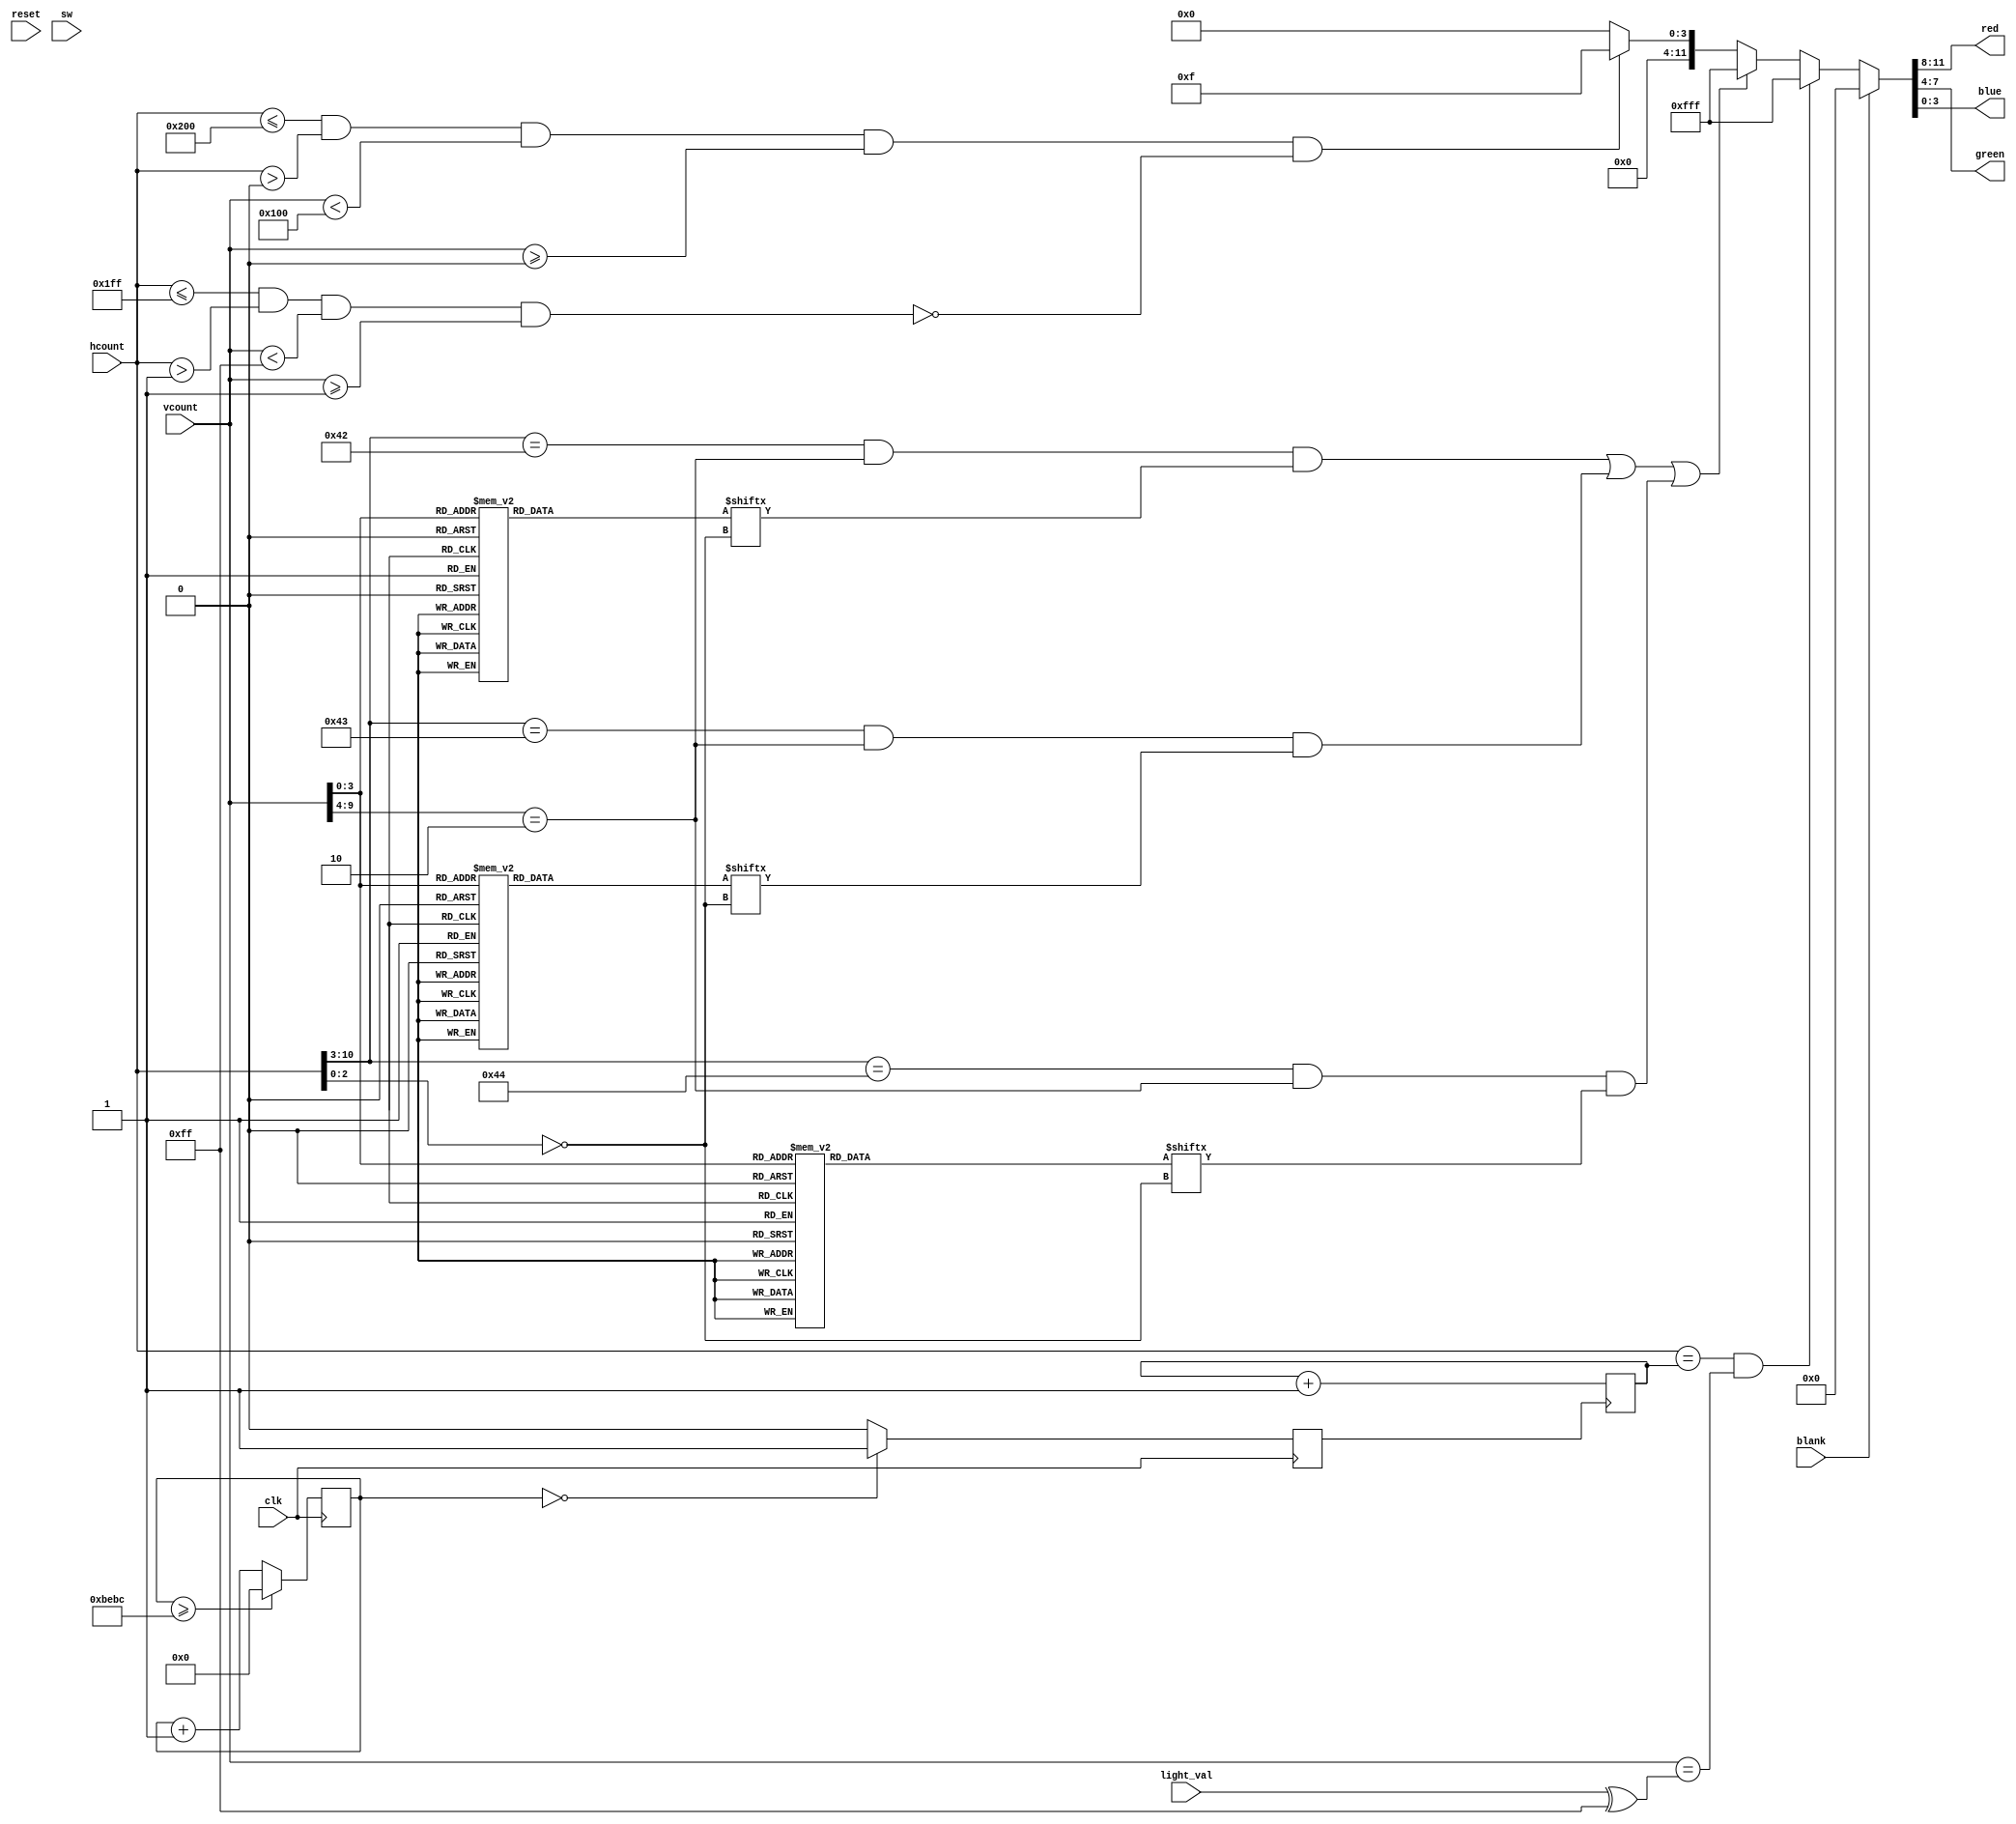
`timescale 1ns / 1ps
//////////////////////////////////////////////////////////////////////////////////
// Company: 
// 
// Design Name: 
// Module Name: vga_color
// Project Name: 
// Target Devices: 
// Tool Versions: 
// Description: VGA display color logic
// 
// Dependencies: 
// 
// Revision:
// Revision 0.01 - File Created
// Additional Comments:
// 
//////////////////////////////////////////////////////////////////////////////////


module vga_color (
    input    clk, reset,    // 25MHz clock and reset
    input         blank,    // blank state
    input         sw,       // switch to select mode
    input   [7:0] light_val,        // 8 bit light sensor values
    input  [10:0] hcount, vcount,   // hcount and vcount
    output  [3:0] red, green, blue  // 4-bit rgb outputs
    );
    
    // 512 Hz signal clock
    reg         clk_512;
    reg  [15:0] count_512 = 0;
    always @ (posedge clk) begin
        clk_512 <= (count_512 == 0) ? 1 : 0;
        count_512 <= (count_512 >= 48828) ? 0 : count_512 + 1;
    end
    
    // assign rgb outputs
    reg     [11:0]  vga_color;      // hold rgb values
    assign  red     = vga_color[11:8];
    assign  green   = vga_color[7:4];
    assign  blue    = vga_color[3:0];
            
    // color constants
    parameter [11:0] BLUE   = 12'H00F;
    parameter [11:0] WHITE  = 12'HFFF;
    parameter [11:0] BLACK  = 12'H000;

    reg [8:0]   c_x = 0;    // x coordinate

    // counter for horizantle moving pixel
    always @ (posedge clk_512)            
        c_x <= c_x + 1;
    
    // 512x256 1-wide border
    assign border_on = (hcount <= 512 && hcount > 0 && vcount < 256 && vcount >= 0) &&  // outer border bounds
                        !(hcount <= 511 && hcount > 1 && vcount < 255 && vcount >= 1);  // inner border bounds
    
    // moving pixel (light_val is inverted so FF corresponds to zero 
    //     coordinate, and 00 corresponds to max coordinate)
    assign pixel_on = (hcount == c_x) && (vcount == (light_val ^ 8'HFF));


    // TEXT
    wire [7:0] char_pos_x;
    wire [5:0] char_pos_y;
    wire [2:0] font_col;
    
    wire [3:0] font_t_addr;
    reg  [7:0] font_t_data;
    
    wire [3:0] font_h_addr;
    reg  [7:0] font_h_data;
    
    wire [3:0] font_k_addr;
    reg  [7:0] font_k_data;
    
    // 8x16 character font
    always @ (font_t_addr)
        case (font_t_addr)
            4'h0:   font_t_data = 8'hFE;  // character 'T'
            4'h1:   font_t_data = 8'h10;
            4'h2:   font_t_data = 8'h10;
            4'h3:   font_t_data = 8'h10;
            4'h4:   font_t_data = 8'h10;
            4'h5:   font_t_data = 8'h10;
            4'h6:   font_t_data = 8'h10;
            4'h7:   font_t_data = 8'h10;
            4'h8:   font_t_data = 8'h10;
            default: font_t_data = 8'h00;
        endcase
        
    always @ (font_h_addr)
        case (font_h_addr)
            4'h0:   font_h_data = 8'h82;  // character 'H'
            4'h1:   font_h_data = 8'h82;
            4'h2:   font_h_data = 8'h82;
            4'h3:   font_h_data = 8'h82;
            4'h4:   font_h_data = 8'hFE;
            4'h5:   font_h_data = 8'h82;
            4'h6:   font_h_data = 8'h82;
            4'h7:   font_h_data = 8'h82;
            4'h8:   font_h_data = 8'h82;
            default: font_h_data = 8'h00;
        endcase
        
    always @ (font_k_addr)
        case (font_k_addr)
            4'h0:   font_k_data = 8'h82;  // character 'K'
            4'h1:   font_k_data = 8'h84;
            4'h2:   font_k_data = 8'h88;
            4'h3:   font_k_data = 8'h90;
            4'h4:   font_k_data = 8'hA0;
            4'h5:   font_k_data = 8'hD0;
            4'h6:   font_k_data = 8'h88;
            4'h7:   font_k_data = 8'h84;
            4'h8:   font_k_data = 8'h82;
            default: font_k_data = 8'h00;
        endcase
    
    // 80x30 array of pixels
    assign char_pos_x = hcount[10:3];   // character y pos
    assign char_pos_y = vcount[9:4];    // character x pos
    
    // three character position
    assign char_pos_1 = (char_pos_x == 66) && (char_pos_y == 2);
    assign char_pos_2 = (char_pos_x == 67) && (char_pos_y == 2);
    assign char_pos_3 = (char_pos_x == 68) && (char_pos_y == 2);
    
    assign font_col = hcount[2:0];  // font column address
    assign font_t_addr = vcount[3:0]; // least significant 4 bits creates row address
    assign font_h_addr = vcount[3:0];
    assign font_k_addr = vcount[3:0];
    assign font_t_bit = font_t_data[~font_col]; // select correct bit to display in row
    assign font_h_bit = font_h_data[~font_col];
    assign font_k_bit = font_k_data[~font_col];
    
    
    // display 'THK'
    assign char_on = (char_pos_1 & font_t_bit) | (char_pos_2 & font_h_bit) | (char_pos_3 & font_k_bit);
    
//    // TRACE PIXEL POSITION
//    reg [7:0] trace [8:0];      // 512 8-bit registers
//    always @ (c_x, light_val)
//        trace[c_x] <= light_val;
    
//    assign trace_on = (vcount == trace[c_x]);


    // DRAW THE DISPLAY
    always @ (blank, border_on, pixel_on, char_on) begin
        if (blank)
            vga_color <= BLACK;
        else
            if (pixel_on)
                vga_color <= WHITE;
//            else if (sw && trace_on)
//                vga_color <= WHITE;
            else if (char_on)
                vga_color <= WHITE;
            else if (border_on)
                vga_color <= BLUE;
            else
                vga_color <= BLACK;
    end
    
endmodule